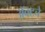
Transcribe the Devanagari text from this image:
ॲक्टचे